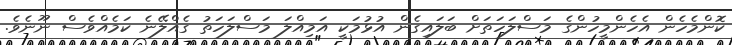
ކޮންމެހެން އެހެންމީހުންގެ މަސްލަހަތަށް ބަލައިގެން އުޅުމަކީ އަމިއްލަ މަސްލަހަތު ގެއްލޭނެ ކަމެއްވެސް ނޫނެވެ.